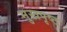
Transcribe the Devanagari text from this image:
मुखपृष्‍ठ